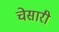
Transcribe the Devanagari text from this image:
चेसारी